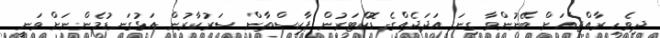
ދިވެހި ރާއްޖެއަށް ބޭނުންވާ ގިނަ އަދަދެއްގެ ޑޮކްޓަރުން ޕާކިސްތާން ސަރުކާރުން އަޅުގަނޑުމެންނަށް ވަނީ